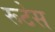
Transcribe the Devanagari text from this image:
रूटेस